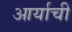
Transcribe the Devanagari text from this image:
आर्याची